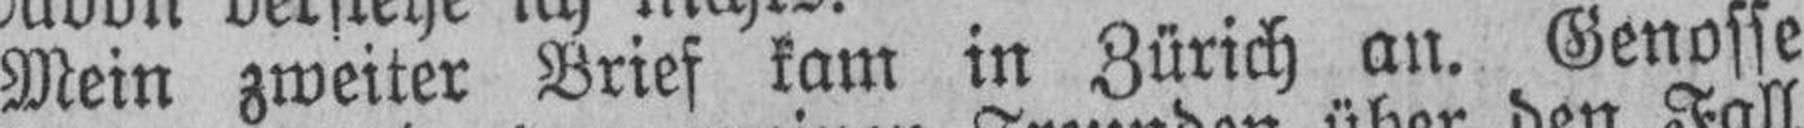
Mein zweiter Brief kam in Zürich an. Genosse